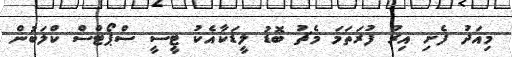
މިއަދު ފެށި އިރު ފުރަތަމަ މެޗު ބޮޑު ލީޑަކާއެކު ޓީސީ ސްޕޯޓްސް ކްލަބުން